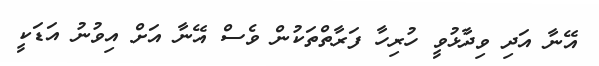
އޭނާ އަދި ވިދާޅުވީ ހުރިހާ ފަރާތްތަކުން ވެސް އޭނާ އަށް އިވުނު އަޑަކީ